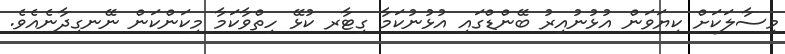
މިސާލަކަށް ކިޔަވަން އުޅުނުއިރު ބޭންޑްގައި އުޅުނުކަމާ ގިޓާރ ކުޅޭ ހިތްވާކަމާ މިކަންކަން ނޭނގިދާނެއެވެ.